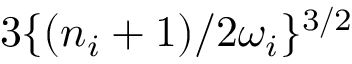
3 \{ ( n _ { i } + 1 ) / { 2 \omega _ { i } } \} ^ { 3 / 2 }